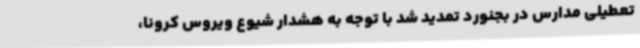
تعطیلی مدارس در بجنورد تمدید شد با توجه به هشدار شیوع ویروس کرونا،